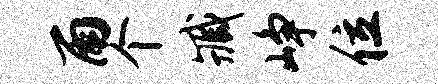
雨个臧峥位